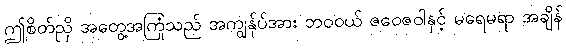
ဤစိတ်ညှိ အတွေ့အကြုံသည် အကျွန်ုပ်အား ဘဝဝယ် ဇဝေဇဝါနှင့် မရေမရာ အချိန်